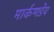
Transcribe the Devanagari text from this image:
मार्कणडेय